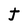
Character: t